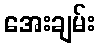
အေးချမ်း